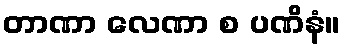
တာဏာ လေဏာ စ ပဏိနံ။